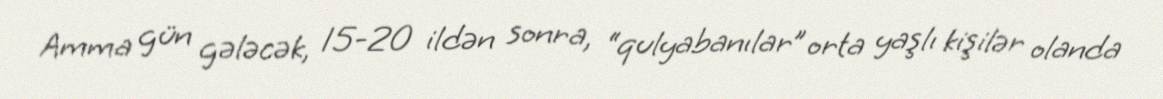
Amma gün gələcək, 15-20 ildən sonra, “qulyabanılar” orta yaşlı kişilər olanda